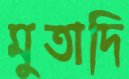
মুতাদি